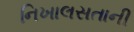
નિખાલસતાની